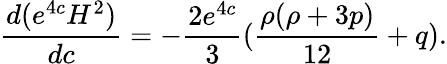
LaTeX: \frac{d(e^{4c}H^{2})}{dc}=-\frac{2e^{4c}}{3}(\frac{\rho(\rho+3p)}{12}+q).